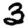
Digit: 3